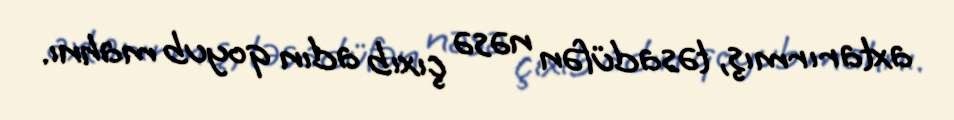
axtarırmış, təsadüfən nəsə çıxıb adın qoyub mahnı.